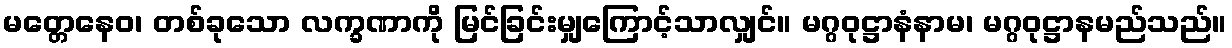
မတ္တေနေဝ၊ တစ်ခုသော လက္ခဏာကို မြင်ခြင်းမျှကြောင့်သာလျှင်။ မဂ္ဂဝုဋ္ဌာနံနာမ၊ မဂ္ဂဝုဋ္ဌာနမည်သည်။